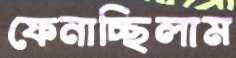
ফেনাচ্ছিলাম